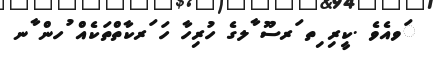
ަވއެވެ .ކީރި ިތ ަރސޫ ާލގެ ހުރިހާ ހަ ަރކާތްތަކެއް ުހން ާނ